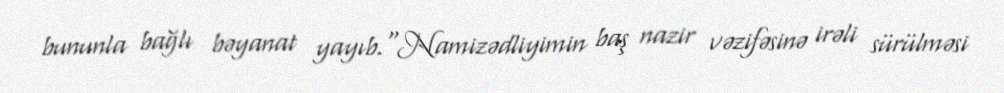
bununla bağlı bəyanat yayıb.“Namizədliyimin baş nazir vəzifəsinə irəli sürülməsi